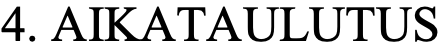
4. AIKATAULUTUS